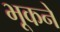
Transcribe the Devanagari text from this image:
भूकने